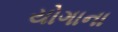
યોગાના